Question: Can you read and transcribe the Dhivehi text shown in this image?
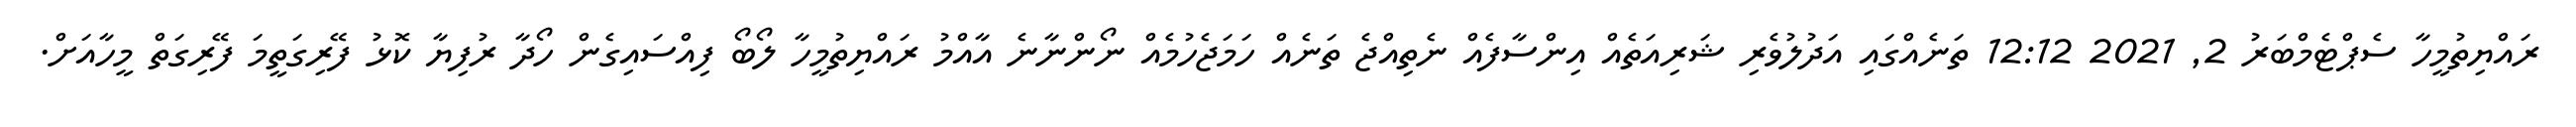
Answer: ރައްޔިތުމީހާ ސެޕްޓެމްބަރު 2, 2021 12:12 ތަނެއްގައި އަދުލުވެރި ޝަރިއަތެއް އިންސާފެއް ނެތިއްޖެ ތަނެއް ހަމަޖެހުމެއް ނޯންނާނެ އާއްމު ރައްޔިތުމީހާ ލޯބޯ ފިއްސައިގެން ހޯދާ ރުފިޔާ ކޮޅު ފޭރިގަތީމަ ފޭރިގަތް މީހާއަށް.